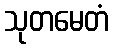
သုတမေတံ